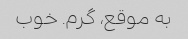
به موقع، گرم. خوب